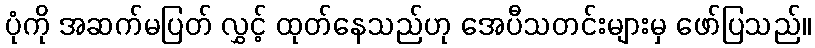
ပုံကို အဆက်မပြတ် လွှင့် ထုတ်နေသည်ဟု အေပီသတင်းများမှ ဖော်ပြသည်။